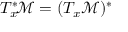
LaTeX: T _ { x } ^ { * } \! { \mathcal { M } } = ( T _ { x } { \mathcal { M } } ) ^ { * }